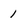
Character: 1